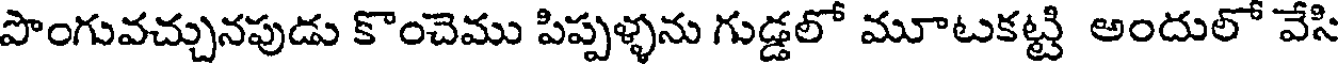
పొంగువచ్చునపుడు కొంచెము పిప్పళ్ళను గుడ్డలో మూటకట్టి అందులో వేసి